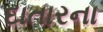
દાતારના